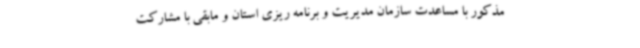
مذکور با مساعدت سازمان مدیریت و برنامه ریزی استان و مابقی با مشارکت